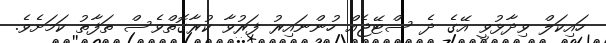
ހައިކަލް ވިދާޅުވީ އޭގެ ދެ ސްޓޭޖެއް ހުންނައިރު ފަރުވާ ކުރާގޮތްވެސް ތަފާތު ކަމަށެވެ.